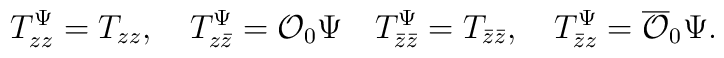
T_{zz}^{\Psi}=T_{zz},\hspace{1em}T_{z\bar{z}}^{\Psi}={\cal O}_{0}\Psi\hspace{1em}T_{\bar{z}\bar{z}}^{\Psi}=T_{\bar{z}\bar{z}},\hspace{1em}T_{\bar{z} z}^{\Psi}=\overline{\cal O}_{0}\Psi .